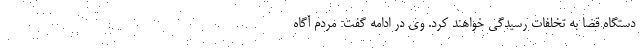
دستگاه قضا به تخلفات رسیدگی خواهند کرد. وی در ادامه گفت: مردم آگاه